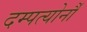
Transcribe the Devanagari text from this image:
दम्पत्योर्नौ